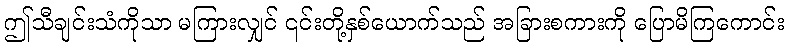
ဤသီချင်းသံကိုသာ မကြားလျှင် ၎င်းတို့နှစ်ယောက်သည် အခြားစကားကို ပြောမိကြကောင်း